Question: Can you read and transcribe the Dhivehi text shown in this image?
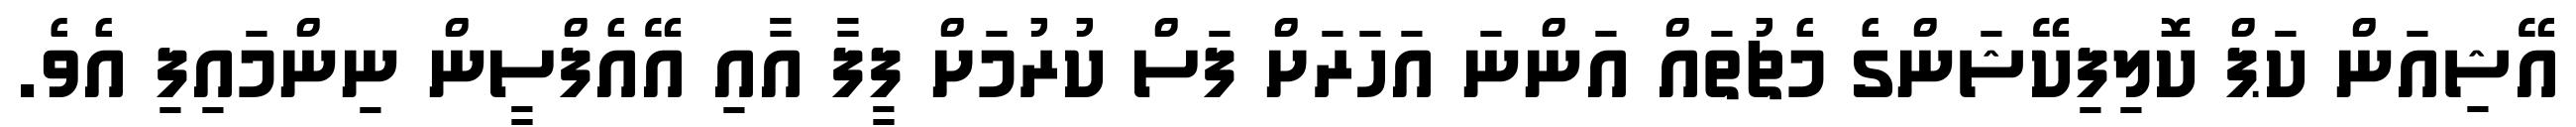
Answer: އޭޝިއަން ކަޕް ކޮލިފިކޭޝަންގެ މެޗުތައް އަންނަ އަހަރަށް ފަސް ކުރުމަށް ފީފާ އާއި އޭއެފްސީން ނިންމައިފި އެވެ.